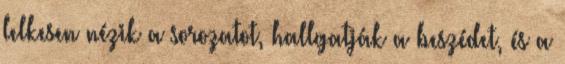
lelkesen nézik a sorozatot, hallgatják a beszédet, és a